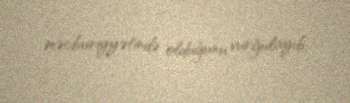
məcburiyyətində olduğunu vurğulayıb.